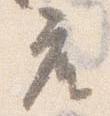
座